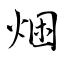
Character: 焑